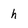
Character: h